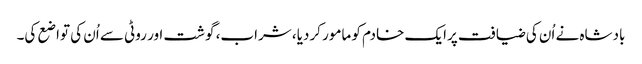
بادشاہ نے اُن کی ضیافت پرایک خادم کو مامور کردیا، شراب، گوشت اور روٹی سے اُن کی تواضع کی۔